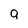
Character: 9